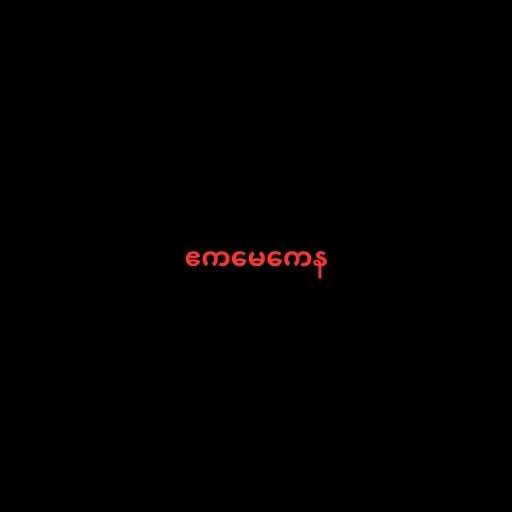
ဧကမေကေန